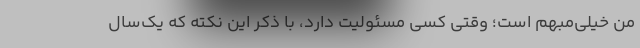
من خیلی‌مبهم است؛ وقتی کسی مسئولیت دارد، با ذکر این نکته که یک‌سال